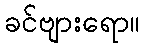
ခင်ဗျားရော။